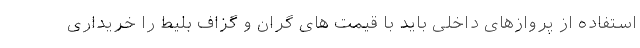
استفاده از پروازهای داخلی باید با قیمت های گران و گزاف بلیط را خریداری